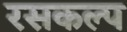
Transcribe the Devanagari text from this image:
रसकल्प